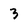
Character: 3